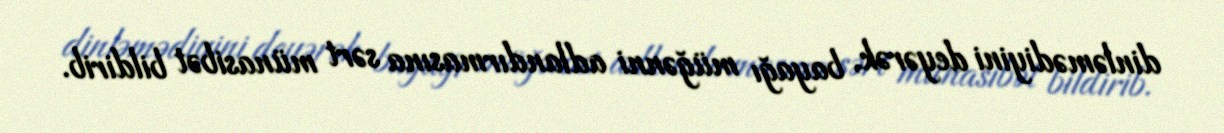
dinləmədiyini deyərək, bayağı müğənni adlandırmasına sərt münasibət bildirib.